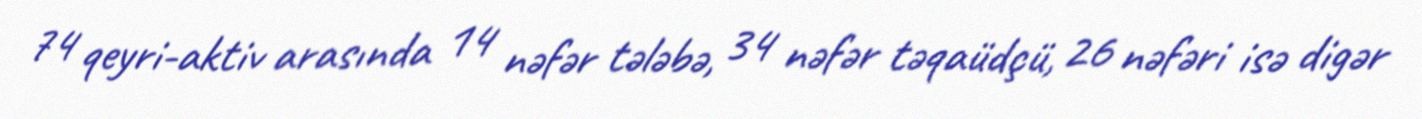
74 qeyri-aktiv arasında 14 nəfər tələbə, 34 nəfər təqaüdçü, 26 nəfəri isə digər